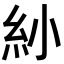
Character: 𥾗